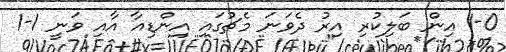
1-0 އިން ބަލިކުރި އިރު ދެވަނަ މެޗުގައި އިންޑިއާ އާއި ވަނީ 1-1